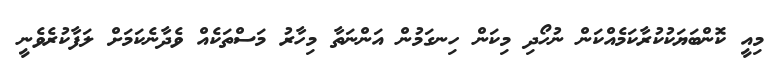
މިއީ ކޮންބަޔަކުކުރާކަމެއްކަން ނުހޯދި މިކަން ހިނގަމުން އަންނަތާ މިހާރު މަސްތަކެއް ވެދާނެކަމަށް ލަފާކުރެވެނީ